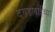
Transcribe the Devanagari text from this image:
दगडाबाईच्या